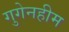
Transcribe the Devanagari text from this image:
गुगेनहीम